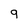
Character: 9